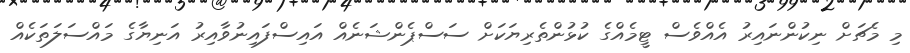
މި މެޗަށް ނިކުންނައިރު އެއްވެސް ޓީމެއްގެ ކުޅުންތެރިޔަކަށް ސަސްޕެންޝަނެއް އައިސްފައިނުވާއިރު އަނިޔާގެ މައްސަލަތަކެއް